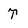
Character: T